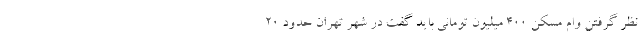
نظر گرفتن وام مسکن ۴۰۰ میلیون تومانی باید گفت در شهر تهران حدود ۲۰